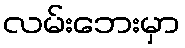
လမ်းဘေးမှာ